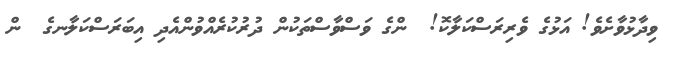
ވިދާޅުވާށެވެ! އަޅުގެ ވެރިރަސްކަލާކޮ!  ންގެ ވަސްވާސްތަކުން ދުރުކުރެއްވުންއެދި އިބަރަސްކަލާނގެ  ން